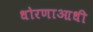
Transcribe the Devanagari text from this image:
धोरणाआधी